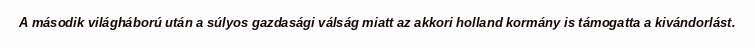
A második világháború után a súlyos gazdasági válság miatt az akkori holland kormány is támogatta a kivándorlást.